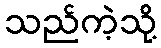
သည်ကဲ့သို့